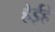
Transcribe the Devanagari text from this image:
हेईहे